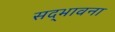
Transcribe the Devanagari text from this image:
सद्‌भावना